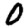
Digit: 0